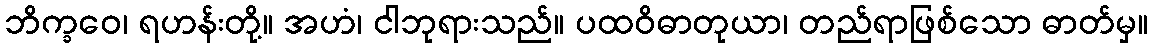
ဘိက္ခဝေ၊ ရဟန်းတို့။ အဟံ၊ ငါဘုရားသည်။ ပထဝိဓာတုယာ၊ တည်ရာဖြစ်သော ဓာတ်မှ။